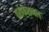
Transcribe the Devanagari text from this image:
परोफैशनल